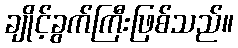
ချိုင့်ခွက်ကြီးဖြစ်သည်။